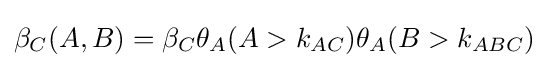
\beta _{C}(A,B)=\beta _{C}\theta _{A}(A>k_{AC})\theta _{A}(B>k_{ABC})